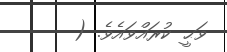
ވަޙީ ކުރައްވައެވެ. (